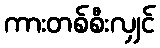
ကားတစ်စီးလျှင်